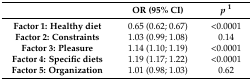
<table><thead><tr><td></td><td><b>OR (95% CI)</b></td><td><b><i>p</i><sup>1</sup></b></td></tr></thead><tbody><tr><td><b>Factor 1: Healthy diet</b></td><td>0.65 (0.62; 0.67)</td><td>&lt;0.0001</td></tr><tr><td><b>Factor 2: Constraints</b></td><td>1.03 (0.99; 1.08)</td><td>0.14</td></tr><tr><td><b>Factor 3: Pleasure</b></td><td>1.14 (1.10; 1.19)</td><td>&lt;0.0001</td></tr><tr><td><b>Factor 4: Specific diets</b></td><td>1.19 (1.17; 1.22)</td><td>&lt;0.0001</td></tr><tr><td><b>Factor 5: Organization</b></td><td>1.01 (0.98; 1.03)</td><td>0.62</td></tr></tbody></table>